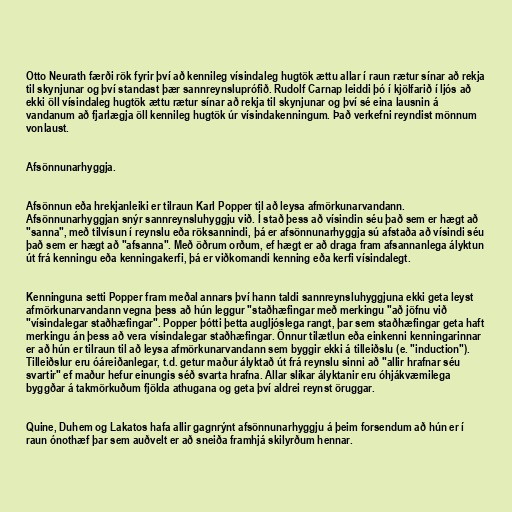
Otto Neurath færði rök fyrir því að kennileg vísindaleg hugtök ættu allar í raun rætur sínar að rekja
til skynjunar og því standast þær sannreynsluprófið. Rudolf Carnap leiddi þó í kjölfarið í ljós að
ekki öll vísindaleg hugtök ættu rætur sínar að rekja til skynjunar og því sé eina lausnin á
vandanum að fjarlægja öll kennileg hugtök úr vísindakenningum. Það verkefni reyndist mönnum
vonlaust.

Afsönnunarhyggja.

Afsönnun eða hrekjanleiki er tilraun Karl Popper til að leysa afmörkunarvandann.
Afsönnunarhyggjan snýr sannreynsluhyggju við. Í stað þess að vísindin séu það sem er hægt að
"sanna", með tilvísun í reynslu eða röksannindi, þá er afsönnunarhyggja sú afstaða að vísindi séu
það sem er hægt að "afsanna". Með öðrum orðum, ef hægt er að draga fram afsannanlega ályktun
út frá kenningu eða kenningakerfi, þá er viðkomandi kenning eða kerfi vísindalegt.

Kenninguna setti Popper fram meðal annars því hann taldi sannreynsluhyggjuna ekki geta leyst
afmörkunarvandann vegna þess að hún leggur "staðhæfingar með merkingu "að jöfnu við
"vísindalegar staðhæfingar". Popper þótti þetta augljóslega rangt, þar sem staðhæfingar geta haft
merkingu án þess að vera vísindalegar staðhæfingar. Önnur tilætlun eða einkenni kenningarinnar
er að hún er tilraun til að leysa afmörkunarvandann sem byggir ekki á tilleiðslu (e. "induction").
Tilleiðslur eru óáreiðanlegar, t.d. getur maður ályktað út frá reynslu sinni að "allir hrafnar séu
svartir" ef maður hefur einungis séð svarta hrafna. Allar slíkar ályktanir eru óhjákvæmilega
byggðar á takmörkuðum fjölda athugana og geta því aldrei reynst öruggar.

Quine, Duhem og Lakatos hafa allir gagnrýnt afsönnunarhyggju á þeim forsendum að hún er í
raun ónothæf þar sem auðvelt er að sneiða framhjá skilyrðum hennar.